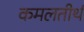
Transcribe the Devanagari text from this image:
कमलतीर्थ